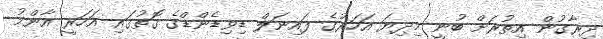
ދިރާގުން އިތުރަށް ބުނީ މިދިޔަ އަހަރުގެ ފައިނަލް ޑިވިޑެންޑްގެ ގޮތުގައި އަހަރީ އާންމު